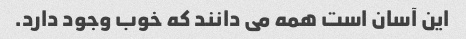
این آسان است همه می دانند که خوب وجود دارد.